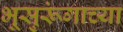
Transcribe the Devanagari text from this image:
भूसुरूंगाच्या